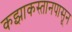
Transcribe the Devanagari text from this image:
कझाकस्तानपासून